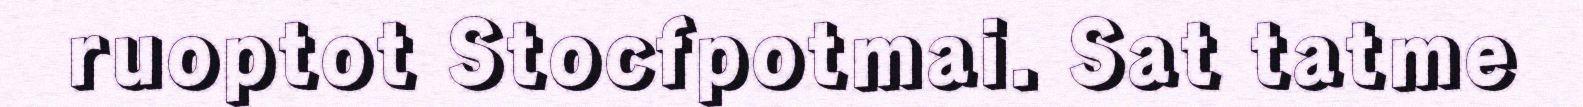
ruoptot Stocfpotmai. Sat tatme